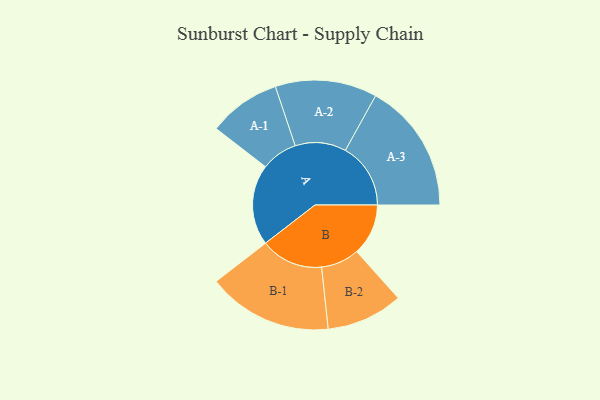
{"axis": {"x": "Segment", "y": "Value"}, "legend": ["", "A", "B"], "data": [{"x": "A", "y": 352, "type": ""}, {"x": "B", "y": 225, "type": ""}, {"x": "A-1", "y": 158, "type": "A"}, {"x": "A-2", "y": 222, "type": "A"}, {"x": "A-3", "y": 285, "type": "A"}, {"x": "B-1", "y": 273, "type": "B"}, {"x": "B-2", "y": 167, "type": "B"}]}